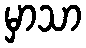
မှာသာ